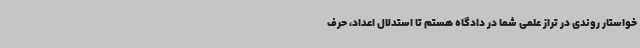
خواستار روندی در تراز علمی شما در دادگاه هستم تا استدلال اعداد، حرف